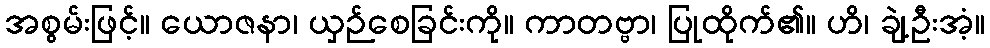
အစွမ်းဖြင့်။ ယောဇနာ၊ ယှဉ်စေခြင်းကို။ ကာတဗ္ဗာ၊ ပြုထိုက်၏။ ဟိ၊ ချဲ့ဦးအံ့။